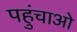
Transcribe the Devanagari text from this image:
पहुंचाओ